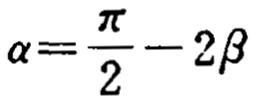
\(\alpha=\frac{\pi}{2}-2\beta\)